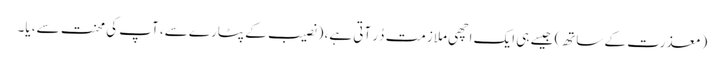
(معذرت کے ساتھ) جیسے ہی ایک اچھی ملازمت دُر آتی ہے، (نصیب کے پٹارے سے، آپ کی محنت سے، یا۔